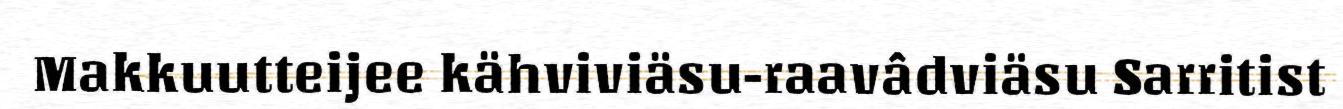
Makkuutteijee kähviviäsu-raavâdviäsu Sarritist